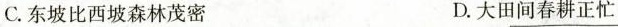
C.东坡比西坡森林茂密 D.大田间春耕正忙